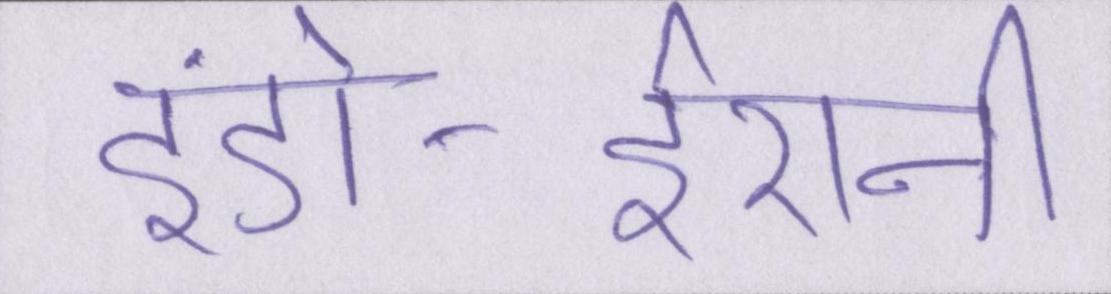
इंडो-ईरानी